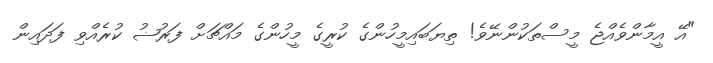
"އޭ އީމާންވެއްޖެ މީސްތަކުންނޭވެ! ތިޔަބައިމީހުންގެ ކުރީގެ މީހުންގެ މައްޗަށް ފަރުޟު ކުރެއްވި ފަދައިން